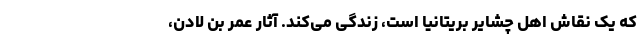
که یک نقاش اهل چشایر بریتانیا است، زندگی می‌کند. آثار عمر بن لادن،